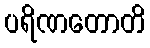
ပရိဏတောတိ